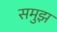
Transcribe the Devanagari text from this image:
समुझ